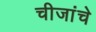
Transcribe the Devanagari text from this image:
चीजांचे